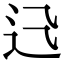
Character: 𨑐